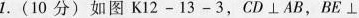
1. (10分)如图K12-13-3，CD⊥AB，BE⊥